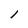
Character: l